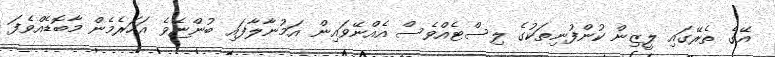
އޭގެ ތެރޭގައި ލީޒިން ކުންފުނިތަކުގެ ލިސްޓެއްވެސް އެއްނޭވައިން އަމުނާލާފައި ބުންޏެވެ އަހަރެމެން މާބޮޑެއްވެފަ